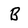
Character: B